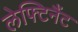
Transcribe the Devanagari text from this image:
लेफ्टिनैंट